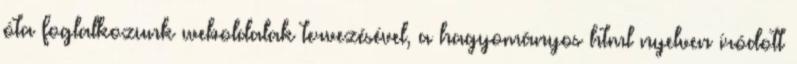
óta foglalkozunk weboldalak tervezésével, a hagyományos html nyelven íródott